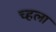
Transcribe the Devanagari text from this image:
च्हला